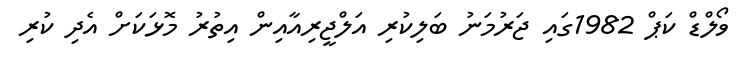
ވޯލްޑް ކަޕް 1982ގައި ޖަރުމަނު ބަލިކުރި އަލްޖީރިއާއިން އިތުރު މޮޅަކަށް އެދި ކުރި